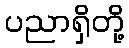
ပညာရှိတို့